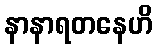
နာနာရတနေဟိ